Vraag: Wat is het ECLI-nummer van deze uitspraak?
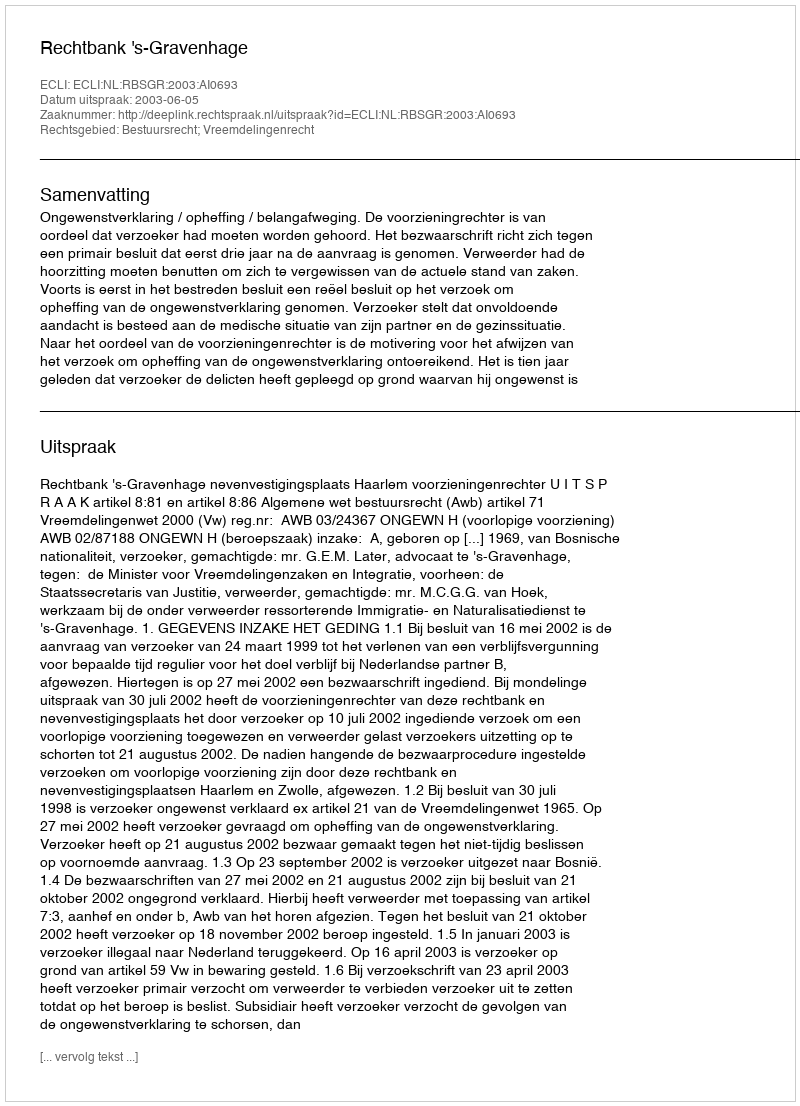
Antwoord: ECLI:NL:RBSGR:2003:AI0693